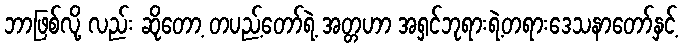
ဘာဖြစ်လို့ လည်း ဆိုတော့ တပည့်တော်ရဲ့ အတ္တဟာ အရှင်ဘုရားရဲ့တရားဒေသနာတော်နှင့်